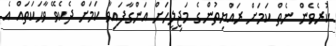
ކުރެވެން ނެތް ކަމަށް ރައްޔިތުންގެ މަޖިލީހަށް އަންގާފައިވާ ކަމަށް ދެކެވޭ ވާހަކަތައް އެ